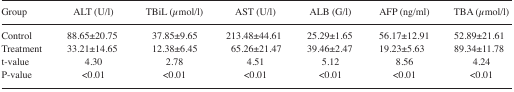
<table><thead><tr><td><b>Group</b></td><td><b>ALT (U/l)</b></td><td><b>TBiL (μmol/l)</b></td><td><b>AST (U/l)</b></td><td><b>ALB (G/l)</b></td><td><b>AFP (ng/ml)</b></td><td><b>TBA (μmol/l)</b></td></tr></thead><tbody><tr><td>Control</td><td>88.65±20.75</td><td>37.85±9.65</td><td>213.48±44.61</td><td>25.29±1.65</td><td>56.17±12.91</td><td>52.89±21.61</td></tr><tr><td>Treatment</td><td>33.21±14.65</td><td>12.38±6.45</td><td>65.26±21.47</td><td>39.46±2.47</td><td>19.23±5.63</td><td>89.34±11.78</td></tr><tr><td>t-value</td><td>4.30</td><td>2.78</td><td>4.51</td><td>5.12</td><td>8.56</td><td>4.24</td></tr><tr><td>P-value</td><td>&lt;0.01</td><td>&lt;0.01</td><td>&lt;0.01</td><td>&lt;0.01</td><td>&lt;0.01</td><td>&lt;0.01</td></tr></tbody></table>